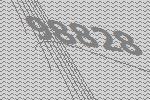
98828